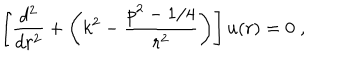
\left[ \frac { d ^ { 2 } } { d r ^ { 2 } } + \left( k ^ { 2 } - \frac { p ^ { 2 } - 1 / 4 } { r ^ { 2 } } \right) \right] u ( r ) = 0 \; ,